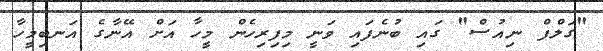
"ގަލްފް ނިއުސް" ގައި ބުނެފައި ވަނީ މިފިރިހެން މީހާ އަށް އޭނާގެ އަނބިމީހާ